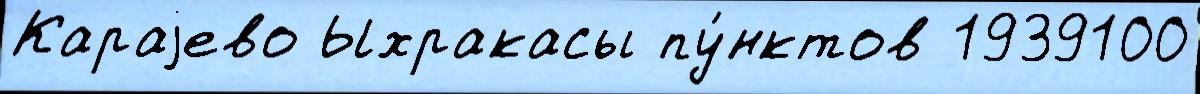
Караjево Ыхракасы пу́нктов 1939100